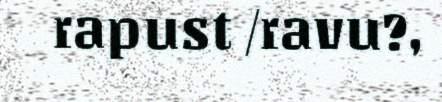
rapust /ravu?,